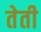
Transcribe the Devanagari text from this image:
तेती